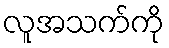
လူအသက်ကို